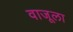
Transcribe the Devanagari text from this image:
वाजूला